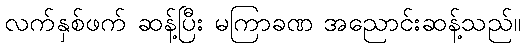
လက်နှစ်ဖက် ဆန့်ပြီး မကြာခဏ အညောင်းဆန့်သည်။